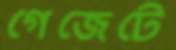
গেজেটে